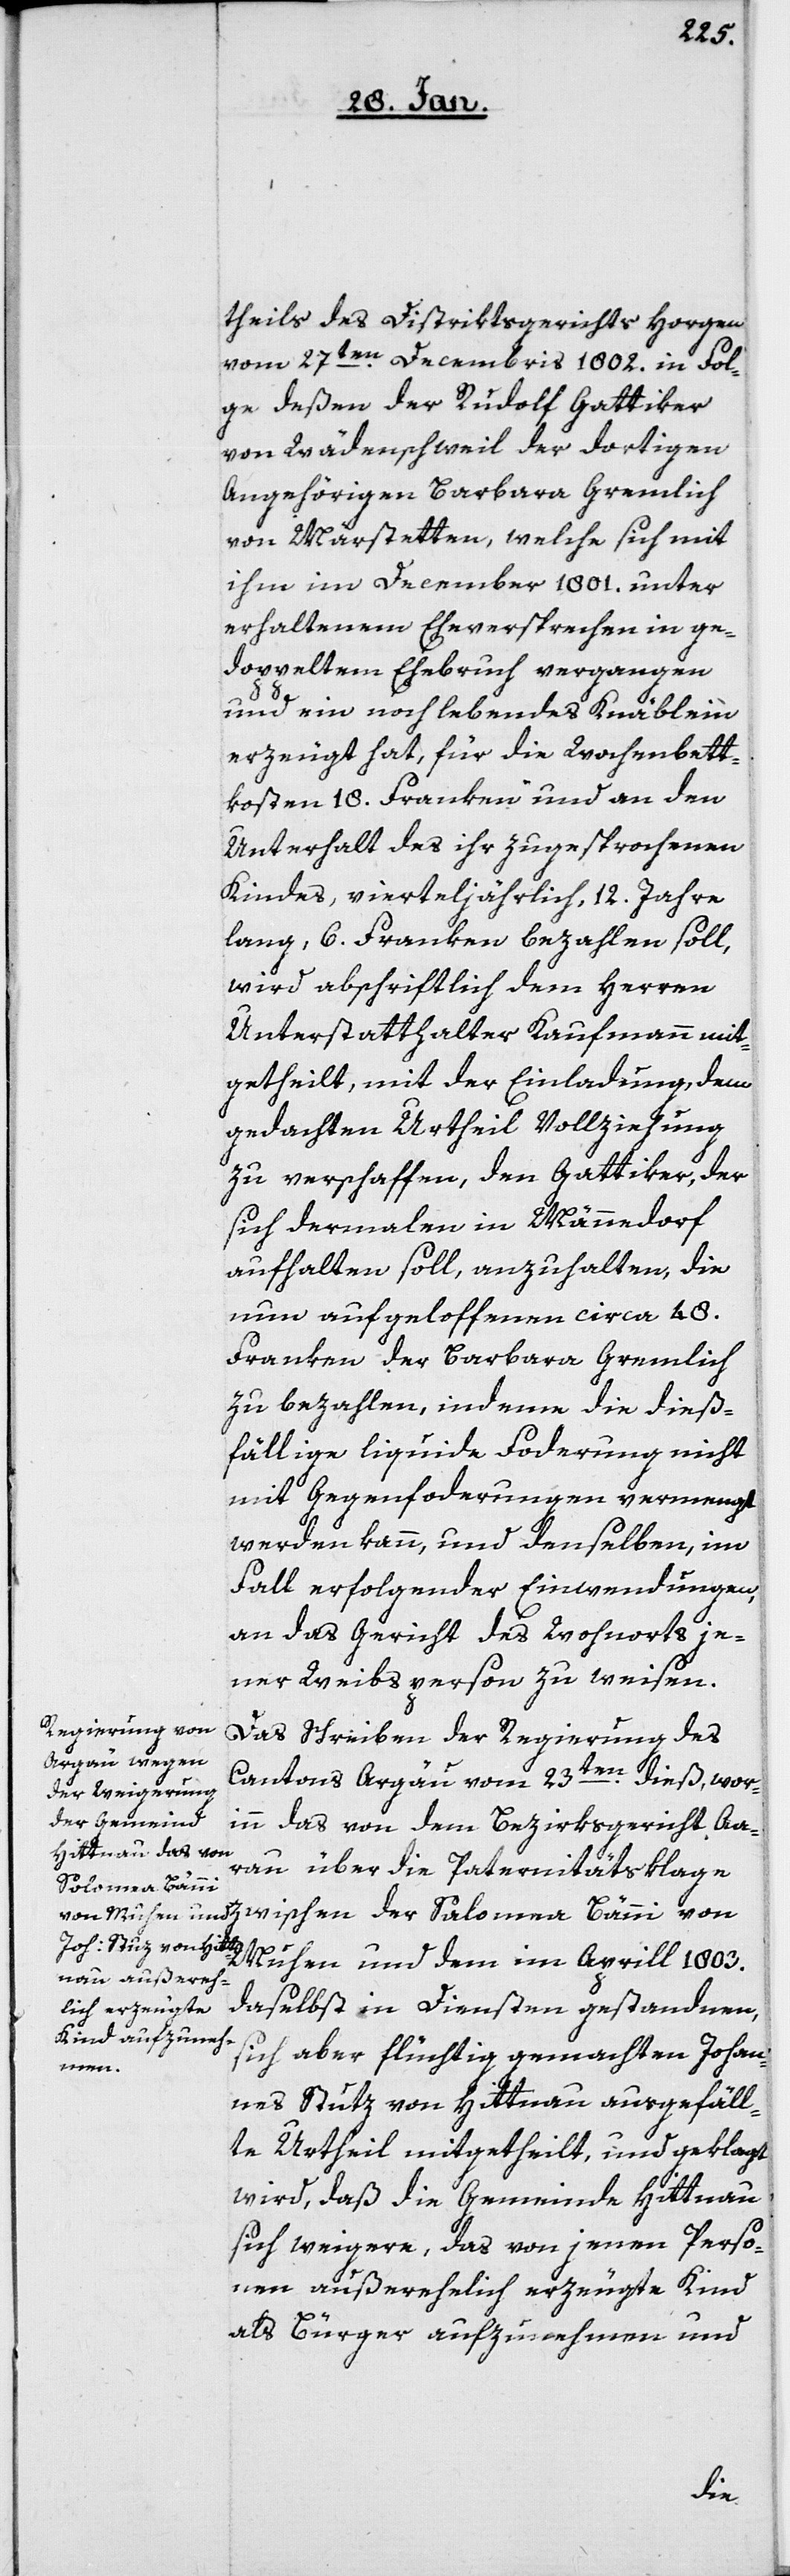
theils des Distriktsgerichts Horgen
vom 27sten. Decembris 1802. in Fol¬
ge deßen der Rudolf Gattiker
von Wädenschweil der dortigen
Angehörigen Barbara Gremlich
von Märstetten, welche sich mit
ihm im December 1801. unter
erhaltenem Eheverpsrechen in ge¬
doppeltem Ehebruch vergangen
und ein noch lebendes Knäblein
erzeugt hat, für die Wochenbett¬
kosten18. Franken und an den
Unterhalt des ihr zugesprochenen
Kindes, vierteljährlich, 12. Jahre
lang, 6. Franken bezahlen soll,
wird abschriftlich dem Herren
Unterstatthalter Kaufmann mit¬
getheilt, mit der Einladung, dem
gedachten Urtheil Vollziehung
zu verschaffen, den Gattiker, der
sich dermalen in Männedorf
aufhalten soll, anzuhalten, die
nun aufgeloffenen circa 48.
Franken der Barbara Gremlich
zu bezahlen, indeme die dieß¬
fällige liquide Forderung nicht
mit Gegenforderungen vermengt
werden kann, und denselben, im
Fall erfolgender Einwendungen,
an das Gericht des Wohnorts je¬
ner Weibsperson zu weisen.
Das Schreiben der Regierung des
Cantons Argau vom 23sten. dieß, wor¬
inn das von dem Bezirksgericht Aa¬
rau über die Paternitätsklage
Salomea Bänni
Muhen und dem im Aprill 1803.
daselbst in Diensten gestandnen,
sich aber flüchtig gemachten Johan¬
nes Stutz von Hittnau ausgefäll¬
te Urtheil mitgetheilt, und geklagt
wird, daß die Gemeinde Hittnau
sich weigere, das von jenen Perso¬
nen außerehelich erzeugte Kind
als Bürger aufzunehmen und
der